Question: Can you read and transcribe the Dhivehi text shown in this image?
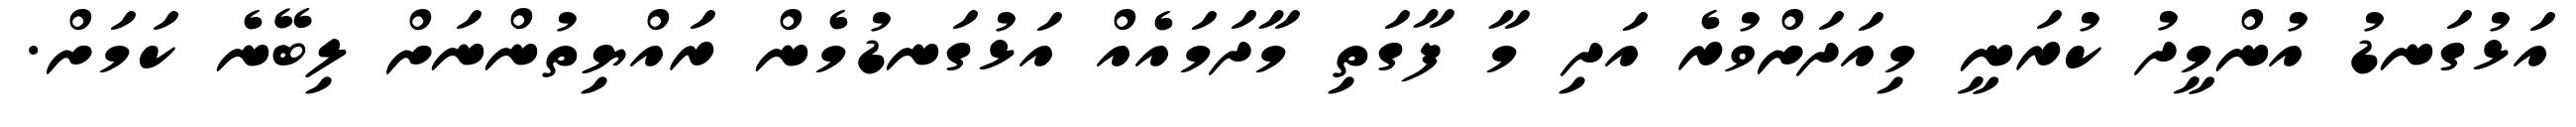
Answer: އަޅުގަނޑު އުންމީދު ކުރަނީ މިއަދަށްވުރެ އަދި މާ ފާގަތި މާދަމައެއް އަޅުގަނޑުމެން ރައްޔިތުންނަށް ލިބޭނެ ކަމަށް.